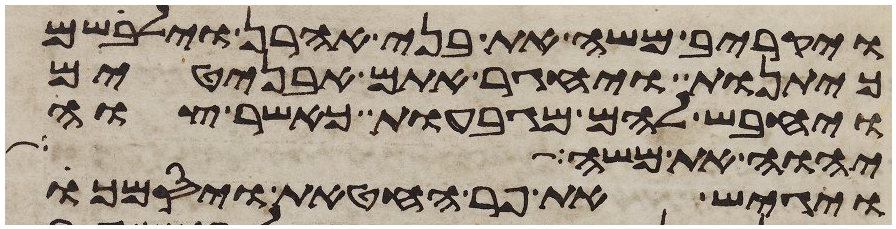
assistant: ויקריב משה את בני אהרן וילבשם
כיתנות ויחגר אתם אבניטים
ויחבש להם מגבעות כאשר צוה
יהוה את משה אל
ויגש את פר החטאת ויסמך